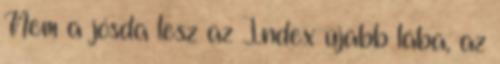
Nem a jósda lesz az Index újabb lába, az